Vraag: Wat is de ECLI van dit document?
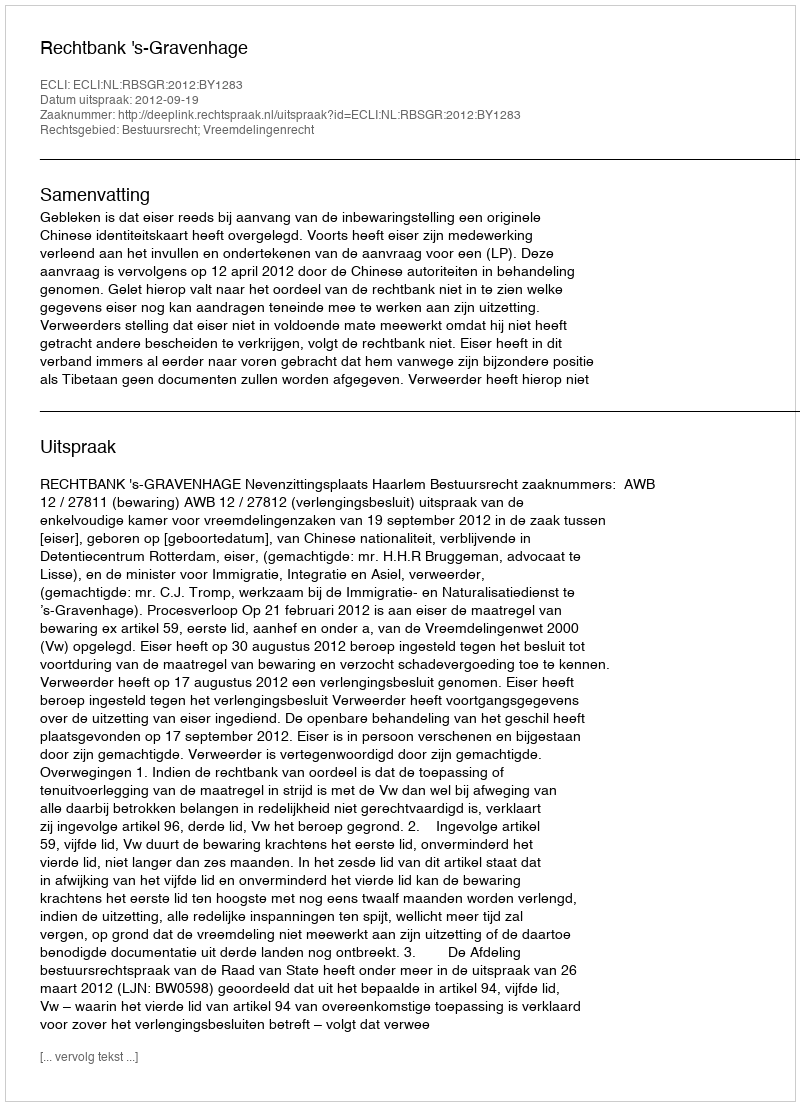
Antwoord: ECLI:NL:RBSGR:2012:BY1283